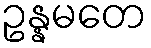
ဥန္နမတေ